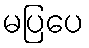
မပြပေ